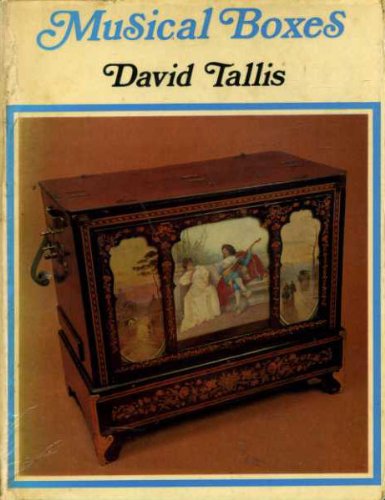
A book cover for Musical boxes; David Tallis; Crafts, Hobbies & Home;